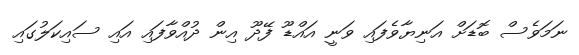
ނަމަވެސް ބޮޑަށް އަނިޔާވެފައި ވަނީ އައްޑޫ ފޭދޫ އިން ދުއްވާފައި އައި ސައިކަލުގައި